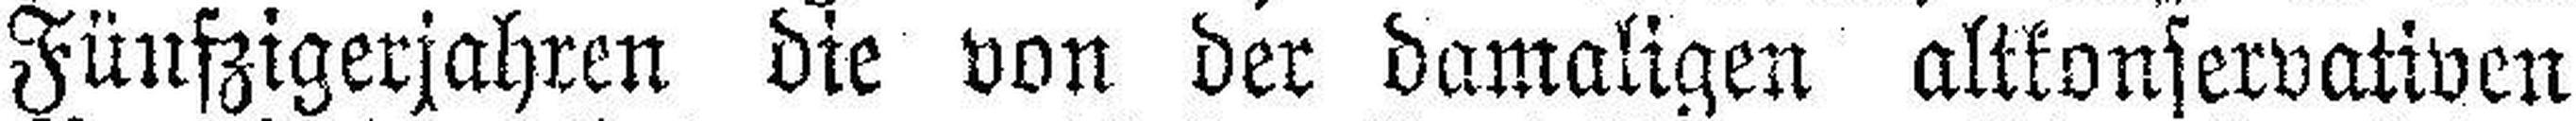
Fünfzigerjahren die von der damaligen altkonservativen